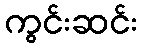
ကွင်းဆင်း